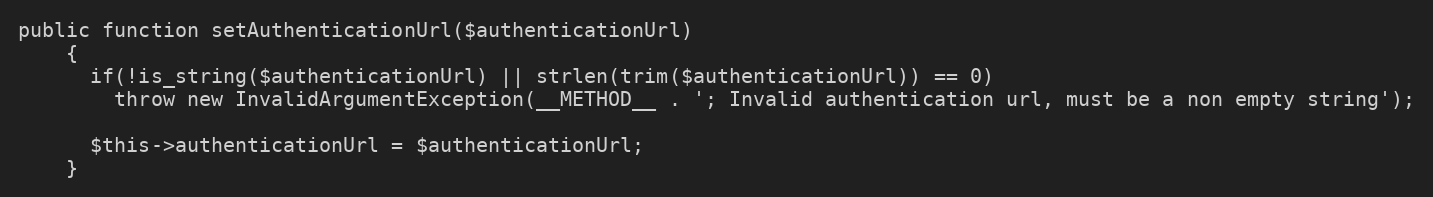
Language: PHP
public function setAuthenticationUrl($authenticationUrl)
    {
      if(!is_string($authenticationUrl) || strlen(trim($authenticationUrl)) == 0)
        throw new InvalidArgumentException(__METHOD__ . '; Invalid authentication url, must be a non empty string');

      $this->authenticationUrl = $authenticationUrl;
    }